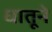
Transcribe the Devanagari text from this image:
धातूने